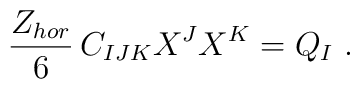
{ Z_{hor}\over 6}\, C_{IJK}X^J X^K =  Q_I \ .